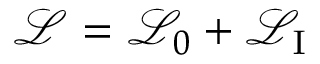
{ \mathcal { L } } = { \mathcal { L } } _ { 0 } + { \mathcal { L } } _ { \mathrm { I } }